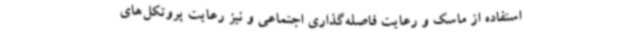
استفاده از ماسک و رعایت فاصله‌گذاری اجتماعی و نیز رعایت پروتکل‌های